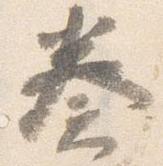
奏